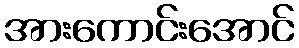
အားကောင်းအောင်